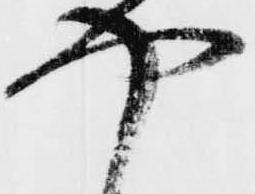
や